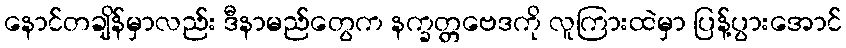
နောင်တချိန်မှာလည်း ဒီနာမည်တွေက နက္ခတ္တဗေဒကို လူကြားထဲမှာ ပြန့်ပွားအောင်